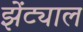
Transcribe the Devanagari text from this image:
झेंट्याल